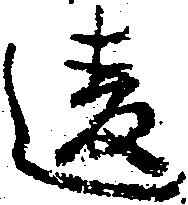
違